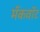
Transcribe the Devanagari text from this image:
मॅकवॉट